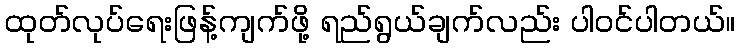
ထုတ်လုပ်ရေးဖြန့်ကျက်ဖို့ ရည်ရွယ်ချက်လည်း ပါဝင်ပါတယ်။